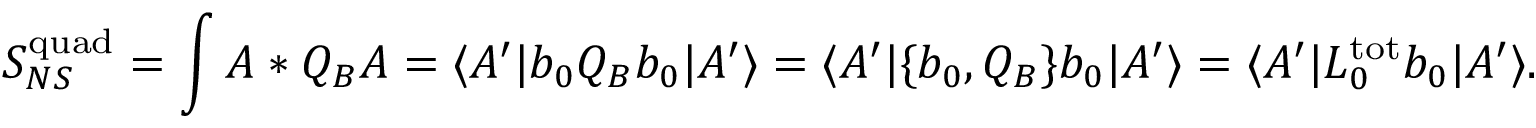
S _ { N S } ^ { \mathrm { q u a d } } = \int A * Q _ { B } A = \langle A ^ { \prime } | b _ { 0 } Q _ { B } b _ { 0 } | A ^ { \prime } \rangle = \langle A ^ { \prime } | \{ b _ { 0 } , Q _ { B } \} b _ { 0 } | A ^ { \prime } \rangle = \langle A ^ { \prime } | L _ { 0 } ^ { \mathrm { t o t } } b _ { 0 } | A ^ { \prime } \rangle .